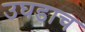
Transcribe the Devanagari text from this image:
उघडाच